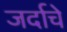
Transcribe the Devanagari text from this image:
जर्दाचे